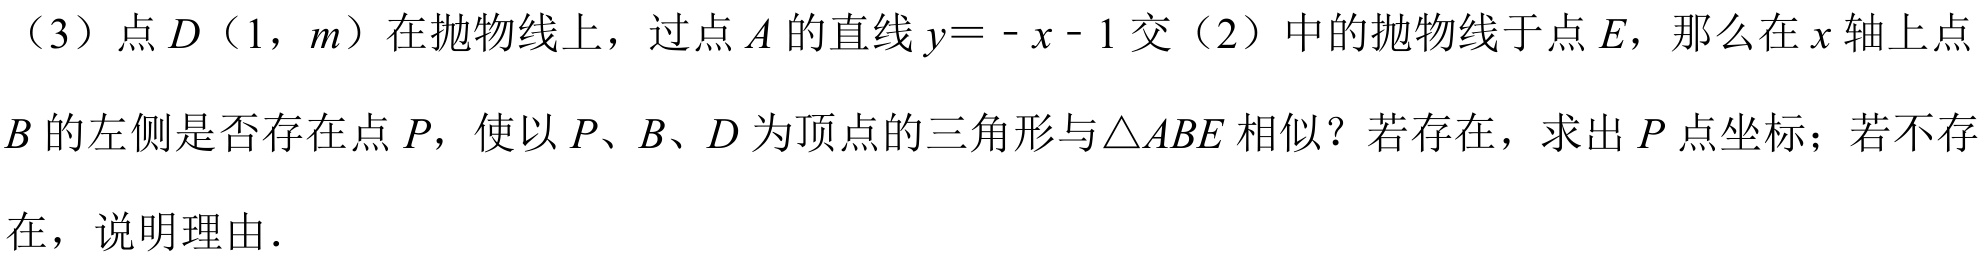
（3）点 \(D\)（\(1\)，\(m\)）在抛物线上，过点 \(A\) 的直线 \(y = - x - 1\) 交（2）中的抛物线于点 \(E\)，那么在 \(x\) 轴上点 \(B\) 的左侧是否存在点 \(P\)，使以 \(P\)、\(B\)、\(D\) 为顶点的三角形与\(\triangle ABE\) 相似？若存在，求出 \(P\) 点坐标；若不存在，说明理由.